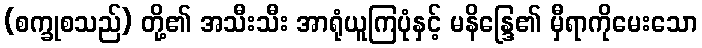
(စက္ခုစသည်) တို့၏ အသီးသီး အာရုံယူကြပုံနှင့် မနိန္ဒြေ၏ မှီရာကိုမေးသော